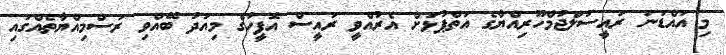
މި އައްޑަނަ ރައީސުލްޖުމްހޫރިއްޔާގެ އަތްޕުޅަށް އެރުއްވީ ރައީސް އޮފީހުގެ މިއަދު ބޭއްވި ރަސްމިއްޔާތެއްގައި